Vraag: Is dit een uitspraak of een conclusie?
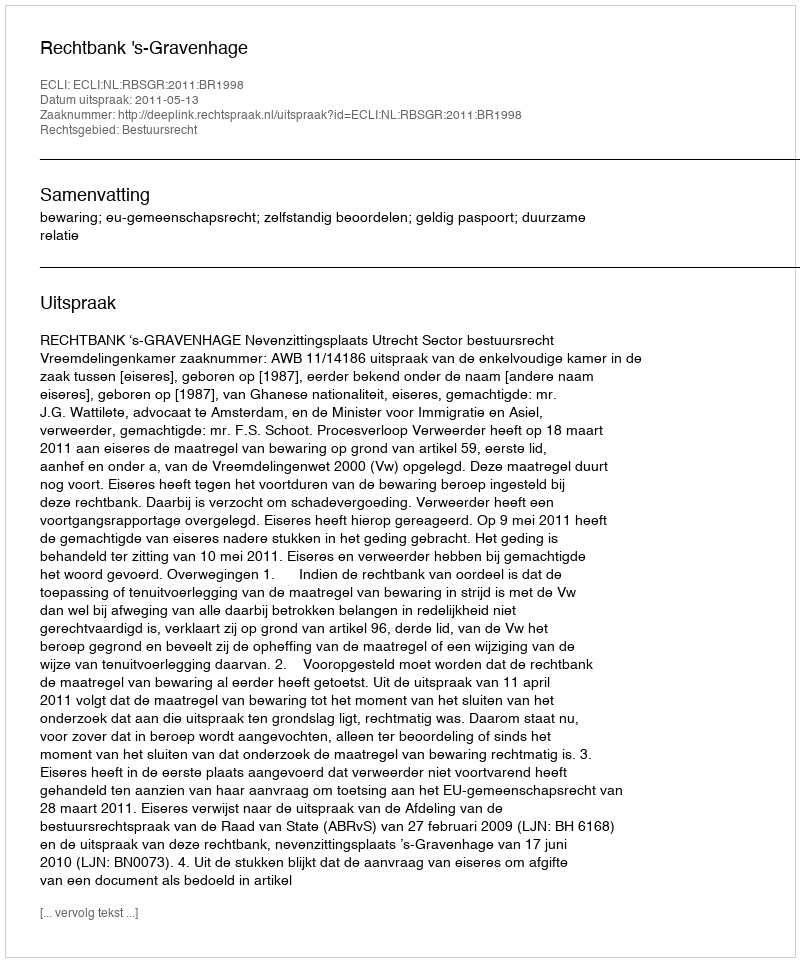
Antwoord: Uitspraak